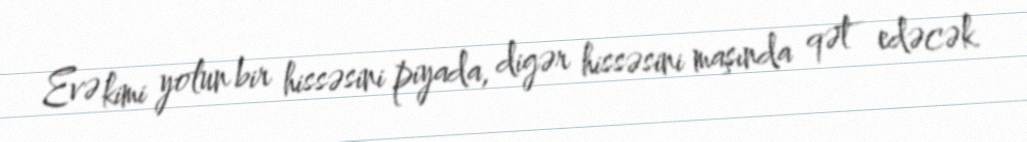
Evə kimi yolun bir hissəsini piyada, digər hissəsini maşında qət edəcək.